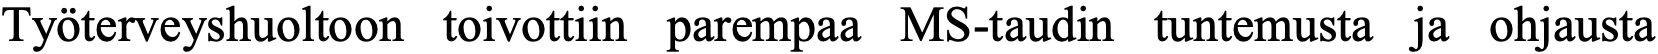
Työterveyshuoltoon toivottiin parempaa MS-taudin tuntemusta ja ohjausta